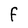
Character: F